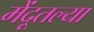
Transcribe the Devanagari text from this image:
मेंदूतल्या